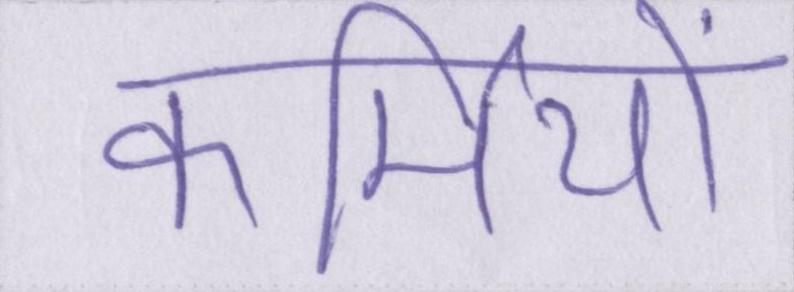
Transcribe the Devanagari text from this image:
कर्मियों